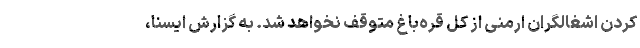
کردن اشغالگران ارمنی از کل قره‌باغ متوقف نخواهد شد. به گزارش ایسنا،